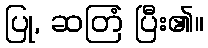
ပြု, ဆတြံ ပြီး၏။